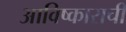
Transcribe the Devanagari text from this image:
आविष्काराची